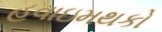
હવાઇમથકો